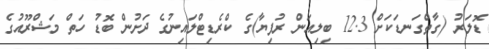
ޑޮލަރު (ގާތްގަނޑަކަށް 12.3 ބިލިއަން ރުފިޔާ)ގެ ކްރެޑިޓްލައިނުގެ ދަށުން ބޮޑު ހަތް މަޝްރޫއުގެ